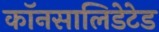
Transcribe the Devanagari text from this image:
कॉनसालिडेटेड